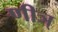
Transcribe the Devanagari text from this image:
णीञ्